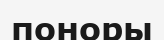
поноры